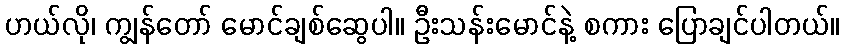
ဟယ်လို၊ ကျွန်တော် မောင်ချစ်ဆွေပါ။ ဦးသန်းမောင်နဲ့ စကား ပြောချင်ပါတယ်။